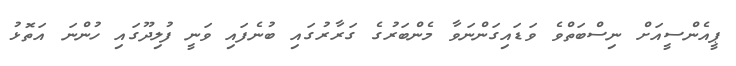
ޕީއެންސީއަށް ނިސްބަތްވެ ވަޑައިގަންނަވާ މެންބަރުގެ ގަރާރުގައި ބުނެފައި ވަނީ ފުލިދޫގައި ހުންނަ އަތޮޅު